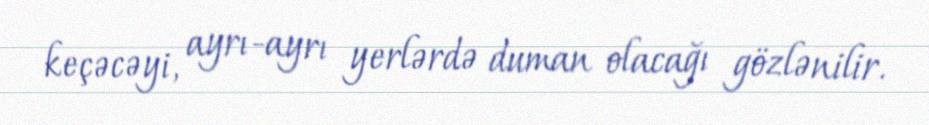
keçəcəyi, ayrı-ayrı yerlərdə duman olacağı gözlənilir.